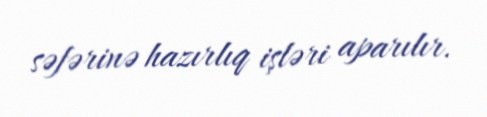
səfərinə hazırlıq işləri aparılır.